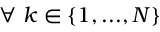
\forall \ k \in \{ 1 , . . . , N \}